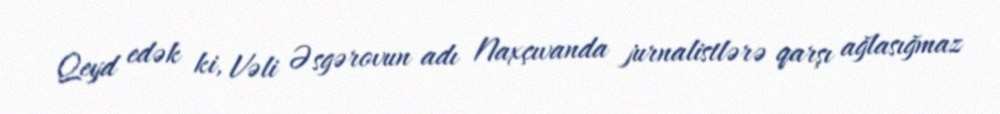
Qeyd edək ki, Vəli Əsgərovun adı Naxçıvanda jurnalistlərə qarşı ağlasığmaz